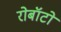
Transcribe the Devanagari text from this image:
रोबॉटो